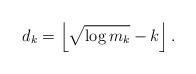
LaTeX: \begin{align*}d_k = \left \lfloor \sqrt{\log m_k} - k \right\rfloor.\end{align*}